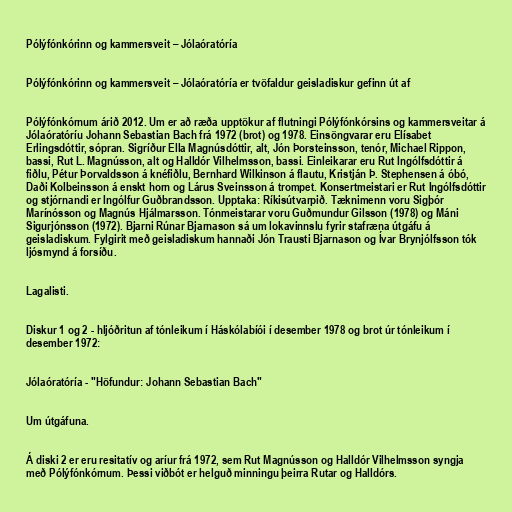
Pólýfónkórinn og kammersveit – Jólaóratóría

Pólýfónkórinn og kammersveit – Jólaóratóría er tvöfaldur geisladiskur gefinn út af

Pólýfónkórnum árið 2012. Um er að ræða upptökur af flutningi Pólýfónkórsins og kammersveitar á
Jólaóratóríu Johann Sebastian Bach frá 1972 (brot) og 1978. Einsöngvarar eru Elísabet
Erlingsdóttir, sópran. Sigríður Ella Magnúsdóttir, alt, Jón Þorsteinsson, tenór, Michael Rippon,
bassi, Rut L. Magnússon, alt og Halldór Vilhelmsson, bassi. Einleikarar eru Rut Ingólfsdóttir á
fiðlu, Pétur Þorvaldsson á knéfiðlu, Bernhard Wilkinson á flautu, Kristján Þ. Stephensen á óbó,
Daði Kolbeinsson á enskt horn og Lárus Sveinsson á trompet. Konsertmeistari er Rut Ingólfsdóttir
og stjórnandi er Ingólfur Guðbrandsson. Upptaka: Ríkisútvarpið. Tæknimenn voru Sigþór
Marínósson og Magnús Hjálmarsson. Tónmeistarar voru Guðmundur Gilsson (1978) og Máni
Sigurjónsson (1972). Bjarni Rúnar Bjarnason sá um lokavinnslu fyrir stafræna útgáfu á
geisladiskum. Fylgirit með geisladiskum hannaði Jón Trausti Bjarnason og Ívar Brynjólfsson tók
ljósmynd á forsíðu.

Lagalisti.

Diskur 1 og 2 - hljóðritun af tónleikum í Háskólabíói í desember 1978 og brot úr tónleikum í
desember 1972:

Jólaóratóría - "Höfundur: Johann Sebastian Bach"

Um útgáfuna.

Á diski 2 er eru resitatív og aríur frá 1972, sem Rut Magnússon og Halldór Vilhelmsson syngja
með Pólýfónkórn­um. Þessi viðbót er helguð minningu þeirra Rutar og Halldórs.